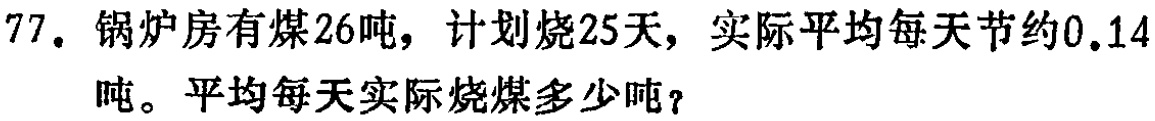
77. 锅炉房有煤26吨，计划烧25天，实际平均每天节约0.14吨。平均每天实际烧煤多少吨？